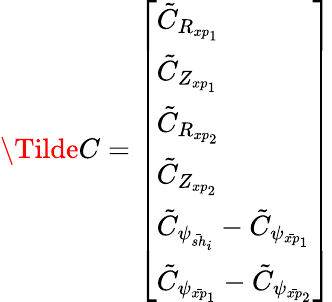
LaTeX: \Tilde{C}=\left[\begin{array}{l}{\tilde{C}_{R_{xp_{1}}}}\\ {\tilde{C}_{Z_{xp_{1}}}}\\ {\tilde{C}_{R_{xp_{2}}}}\\ {\tilde{C}_{Z_{xp_{2}}}}\\ {\tilde{C}_{\psi_{\bar{sh}_{i}}}-\tilde{C}_{\psi_{\bar{xp}_{1}}}}\\ {\tilde{C}_{\psi_{\bar{xp}_{1}}}-\tilde{C}_{\psi_{\bar{xp}_{2}}}}\end{array}\right]